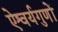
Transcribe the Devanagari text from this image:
ऐश्वर्यगुणों